Treatise on elephants
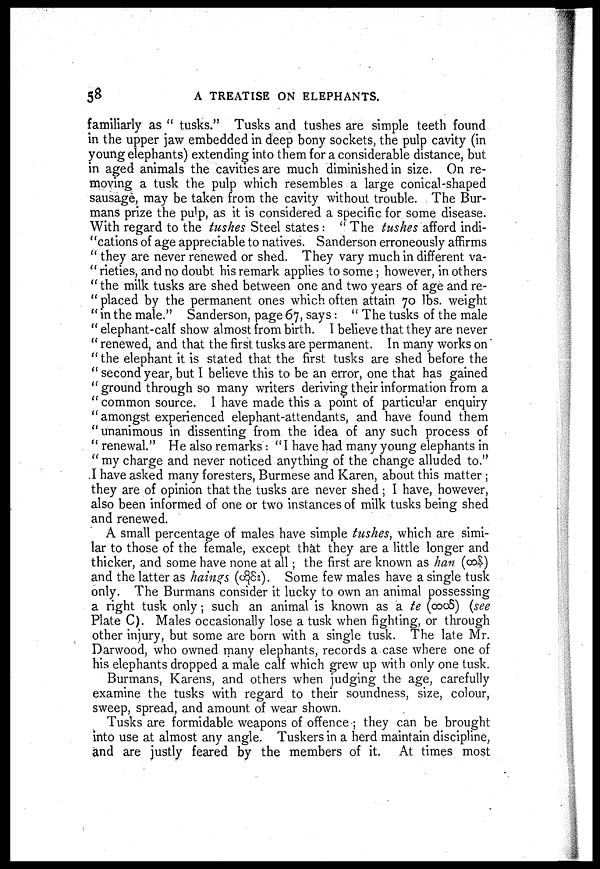
58
A TREATISE ON ELEPHANTS.
familiarly as " tusks." Tusks and tushes are simple teeth found
in the upper jaw embedded in deep bony sockets, the pulp cavity (in
young elephants) extending into them for a considerable distance, but
in aged animals the cavities are much diminished in size. On re-
moving a tusk the pulp which resembles a large conical-shaped
sausage, may be taken from the cavity without trouble. The Bur-
mans prize the pulp, as it is considered a specific for some disease.
With regard to the tushes Steel states : " The tushes afford indi-
cations of age appreciable to natives. Sanderson erroneously affirms
" they are never renewed or shed. They vary much in different va-
" rieties, and no doubt his remark applies to some; however, in others
" the milk tusks are shed between one and two years of age and re-
" placed by the permanent ones which often attain 70 lbs. weight
" in the male." Sanderson, page 67, says: " The tusks of the male
" elephant-calf show almost from birth. I believe that they are never
" renewed, and that the first tusks are permanent. In many works on
" the elephant it is stated that the first tusks are shed before the
" second year, but I believe this to be an error, one that has gained
" ground through so many writers deriving their information from a
" common source. I have made this a point of particular enquiry
" amongst experienced elephant-attendants, and have found them
"unanimous in dissenting from the idea of any such process of
" renewal." He also remarks : "I have had many young elephants in
" my charge and never noticed anything of the change alluded to."
I have asked many foresters, Burmese and Karen, about this matter ;
they are of opinion that the tusks are never shed; I have, however,
also been informed of one or two instances of milk tusks being shed
and renewed.
A small percentage of males have simple tushes, which are simi-
lar to those of the female, except that they are a little longer and
thicker, and some have none at all; the first are known as han ( )
and the latter as haings ( ). Some few males have a single tusk
only. The Burmans consider it lucky to own an animal possessing
a right tusk only; such an animal is known as a te (
) (see
Plate C). Males occasionally lose a tusk when fighting, or through
other injury, but some are born with a single tusk. The late Mr.
Darwood, who owned many elephants, records a case where one of
his elephants dropped a male calf which grew up with only one tusk.
Burmans, Karens, and others when judging the age, carefully
examine the tusks with regard to their soundness, size, colour,
sweep, spread, and amount of wear shown.
Tusks are formidable weapons of offence'; they can be brought
into use at almost any angle. Tuskers in a herd maintain discipline,
and are justly feared by the members of it. At times most